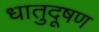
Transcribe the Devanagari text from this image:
धातुदूषण